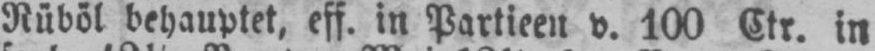
Rüböl behauptet, eff. in Partieen v. 100 Ctr. in